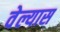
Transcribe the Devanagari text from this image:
वेल्यास